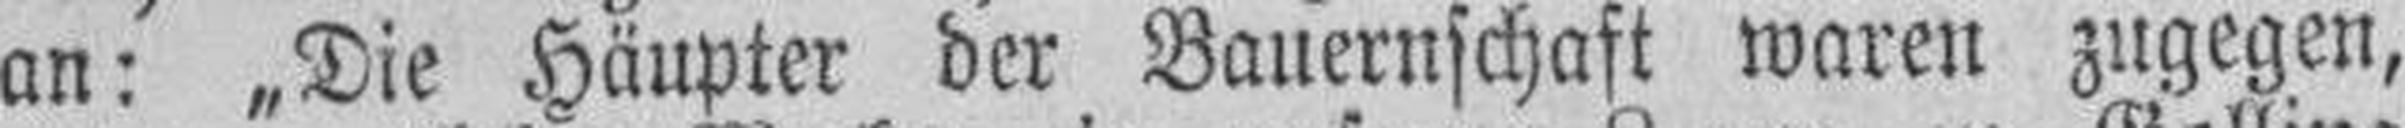
an: „Die Häupter der Bauernschaft waren zugegen,